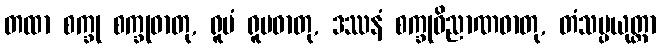
တထာ စက္ခု စက္ခုဓာတု, ရူပံ ရူပဓာတု, ဒဿနံ စက္ခုဝိညာဏဓာတု, တံသမ္ပယုတ္တာ